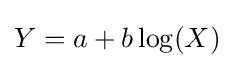
Y=a+b\log(X)